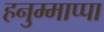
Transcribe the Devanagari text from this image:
हनुम्माप्पा